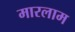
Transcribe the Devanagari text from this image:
मारलाम